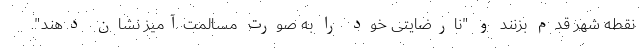
نقطه شهر قدم بزنند و "نارضایتی خود را به صورت مسالمت‌آمیز نشان دهند".